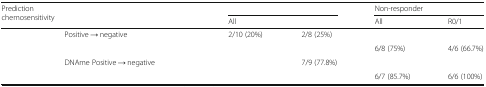
<table><thead><tr><td colspan="2" rowspan="2"><b>Prediction chemosensitivity</b></td><td colspan="2">[EMPTY_CELL]</td><td colspan="2"><b>Non-responder</b></td></tr><tr><td><b>All</b></td><td>[EMPTY_CELL]</td><td><b>All</b></td><td><b>R0/1</b></td></tr></thead><tbody><tr><td rowspan="2">[EMPTY_CELL]</td><td>Positive → negative</td><td>2/10 (20%)</td><td>2/8 (25%)</td><td>[EMPTY_CELL]</td><td>[EMPTY_CELL]</td></tr><tr><td>[EMPTY_CELL]</td><td>[EMPTY_CELL]</td><td>[EMPTY_CELL]</td><td>6/8 (75%)</td><td>4/6 (66.7%)</td></tr><tr><td rowspan="2">[EMPTY_CELL]</td><td>DNAme Positive → negative</td><td>[EMPTY_CELL]</td><td>7/9 (77.8%)</td><td>[EMPTY_CELL]</td><td>[EMPTY_CELL]</td></tr><tr><td>[EMPTY_CELL]</td><td>[EMPTY_CELL]</td><td>[EMPTY_CELL]</td><td>6/7 (85.7%)</td><td>6/6 (100%)</td></tr></tbody></table>